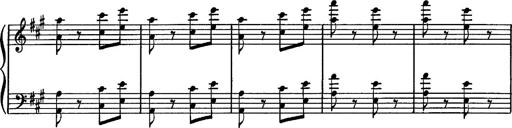
Title: Hungarian Rhapsody No.16
Composer: Franz Liszt
Key: A minor